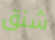
شنق